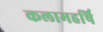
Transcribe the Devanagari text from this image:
कलामहर्षि